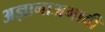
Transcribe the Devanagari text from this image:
अज्ञानाअभावी